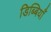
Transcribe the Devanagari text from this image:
डिब्बियाँ